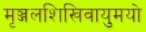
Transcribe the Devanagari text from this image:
मृञ्जलशिखिवायुमयो